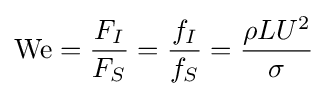
\mathrm {We} ={\frac {F_{I}}{F_{S}}}={\frac {f_{I}}{f_{S}}}={\frac {\rho LU^{2}}{\sigma }}